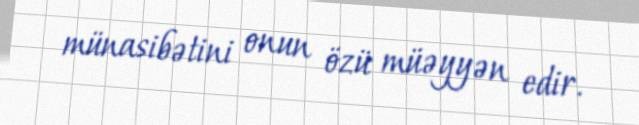
münasibətini onun özü müəyyən edir.